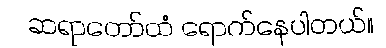
ဆရာတော်ထံ ရောက်နေပါတယ်။